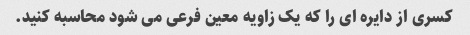
کسری از دایره ای را که یک زاویه معین فرعی می شود محاسبه کنید.